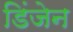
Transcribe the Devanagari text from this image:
डिंजेन